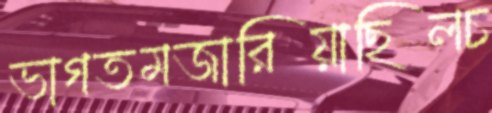
ভাগতমজারিয়াছিলচ